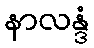
နာလန္ဒံ